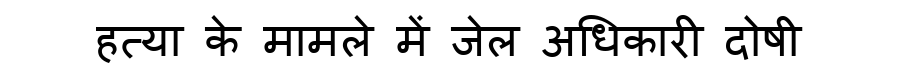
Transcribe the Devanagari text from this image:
हत्या के मामले में जेल अधिकारी दोषी